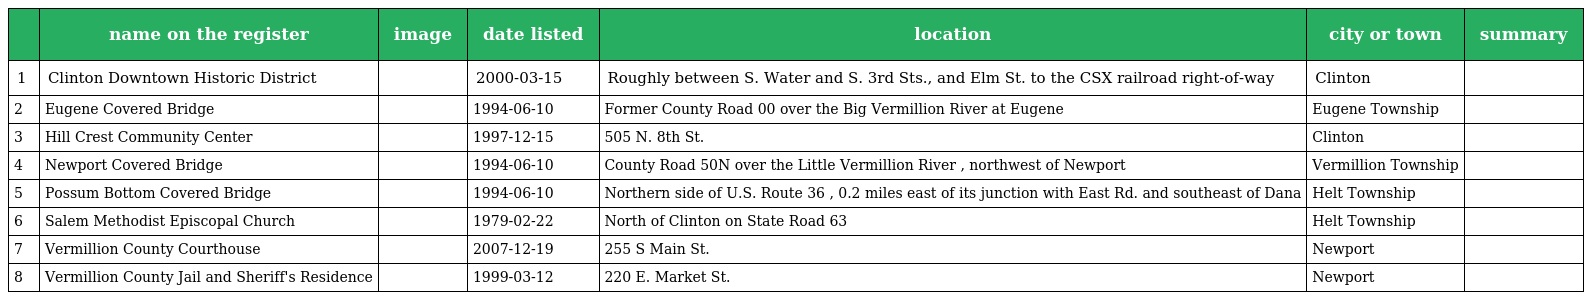
|  | name on the register | image | date listed | location | city or town | summary |
 | --- | --- | --- | --- | --- | --- | --- |
 | 1 | Clinton Downtown Historic District |  | 2000-03-15 | Roughly between S. Water and S. 3rd Sts., and Elm St. to the CSX railroad right-of-way | Clinton |  |
 | 2 | Eugene Covered Bridge |  | 1994-06-10 | Former County Road 00 over the Big Vermillion River at Eugene | Eugene Township |  |
 | 3 | Hill Crest Community Center |  | 1997-12-15 | 505 N. 8th St. | Clinton |  |
 | 4 | Newport Covered Bridge |  | 1994-06-10 | County Road 50N over the Little Vermillion River , northwest of Newport | Vermillion Township |  |
 | 5 | Possum Bottom Covered Bridge |  | 1994-06-10 | Northern side of U.S. Route 36 , 0.2 miles east of its junction with East Rd. and southeast of Dana | Helt Township |  |
 | 6 | Salem Methodist Episcopal Church |  | 1979-02-22 | North of Clinton on State Road 63 | Helt Township |  |
 | 7 | Vermillion County Courthouse |  | 2007-12-19 | 255 S Main St. | Newport |  |
 | 8 | Vermillion County Jail and Sheriff's Residence |  | 1999-03-12 | 220 E. Market St. | Newport |  |